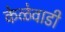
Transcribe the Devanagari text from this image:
केळेवाडी